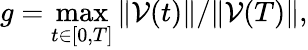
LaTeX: g=\underset{t\in[0,T]}{\operatorname*{max}}\Vert\mathcal V(t)\Vert/\Vert\mathcal V(T)\Vert,